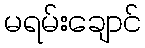
မရမ်းချောင်